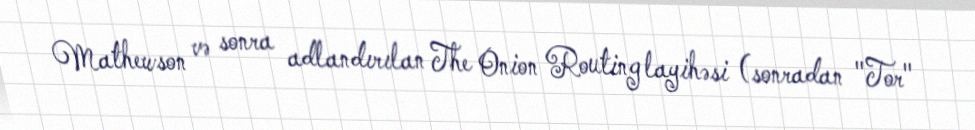
Mathewson və sonra adlandırılan The Onion Routing layihəsi (sonradan "Tor"